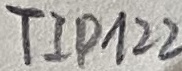
Text: TIP122